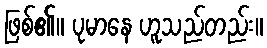
ဖြစ်၏။ ပုမာနေ ဟူသည်တည်း။